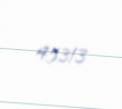
45313